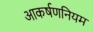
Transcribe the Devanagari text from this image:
आकर्षणनियम